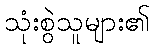
သုံးစွဲသူများ၏